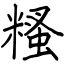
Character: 糔